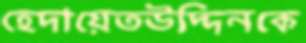
হেদায়েতউদ্দিনকে